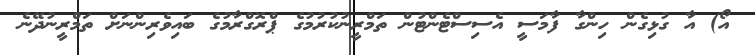
އޯ) އާ ގުޅިގެން ހިންގާ ފާމަސީ އެސިސްޓެންޓުން ތަމްރީނުކުރުމުގެ ޕްރޮގްރާމުގެ ބައިވެރިންނަށް ތަމްރީނުދޭނެ